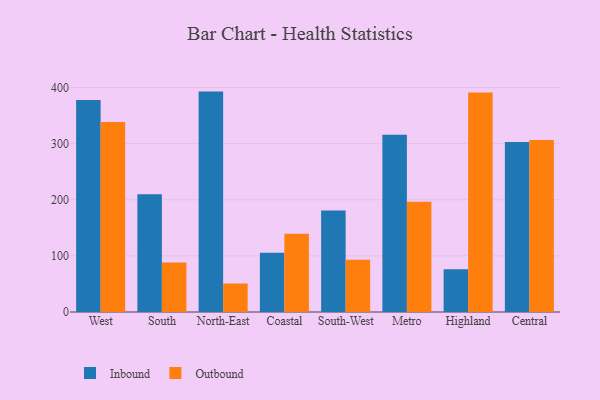
{"axis": {"x": "Region", "y": "Website Visitors"}, "legend": ["Inbound", "Outbound"], "data": [{"x": "West", "y": 378.0, "type": "Inbound"}, {"x": "West", "y": 338.7, "type": "Outbound"}, {"x": "South", "y": 209.9, "type": "Inbound"}, {"x": "South", "y": 88.1, "type": "Outbound"}, {"x": "North-East", "y": 392.8, "type": "Inbound"}, {"x": "North-East", "y": 50.8, "type": "Outbound"}, {"x": "Coastal", "y": 105.8, "type": "Inbound"}, {"x": "Coastal", "y": 139.4, "type": "Outbound"}, {"x": "South-West", "y": 180.8, "type": "Inbound"}, {"x": "South-West", "y": 93.3, "type": "Outbound"}, {"x": "Metro", "y": 315.8, "type": "Inbound"}, {"x": "Metro", "y": 196.7, "type": "Outbound"}, {"x": "Highland", "y": 76.1, "type": "Inbound"}, {"x": "Highland", "y": 391.1, "type": "Outbound"}, {"x": "Central", "y": 302.9, "type": "Inbound"}, {"x": "Central", "y": 306.4, "type": "Outbound"}]}